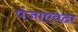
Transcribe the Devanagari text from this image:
पंजाएवढा